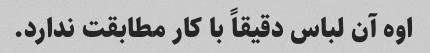
اوه آن لباس دقیقاً با کار مطابقت ندارد.